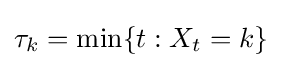
\tau _{k}=\min\{t:X_{t}=k\}